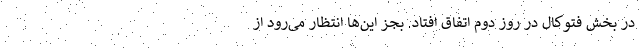
در بخش فتوکال در روز دوم اتفاق افتاد. بجز این‌ها انتظار می‌رود از